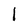
Character: l